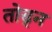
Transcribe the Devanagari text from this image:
तोड्न